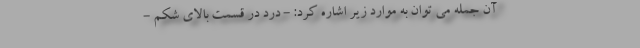
آن جمله می توان به موارد زیر اشاره کرد: - درد در قسمت بالای شکم -